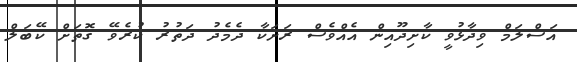
އަސްލަމް ވިދާޅުވީ ކާށިދޫއިން އެއްވެސް ރަށަކާ ދެމެދު ދަތުރު ކުރެވޭ ގޮތަށް ކޭބަލް